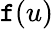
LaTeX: \mathtt{f}(u)